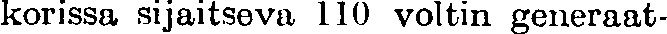
korissa sijaitseva 110 voltin generaat-